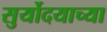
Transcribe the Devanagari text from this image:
सुर्योदयाच्या